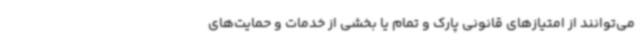
می‌توانند از امتیازهای قانونی پارک و تمام یا بخشی از خدمات و حمایت‌های